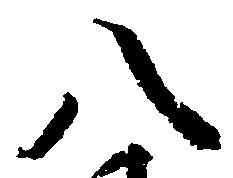
八